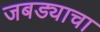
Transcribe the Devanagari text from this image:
जबड्याचा